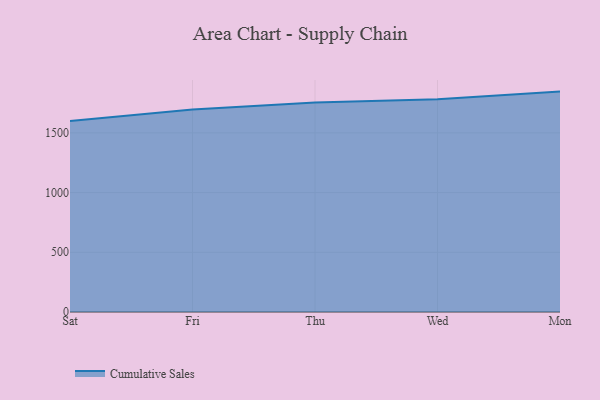
{"axis": {"x": "Day", "y": "Page Views"}, "legend": ["Cumulative Sales"], "data": [{"x": "Sat", "y": 1598.8, "type": "Cumulative Sales"}, {"x": "Fri", "y": 1694.9, "type": "Cumulative Sales"}, {"x": "Thu", "y": 1754.3, "type": "Cumulative Sales"}, {"x": "Wed", "y": 1781.3, "type": "Cumulative Sales"}, {"x": "Mon", "y": 1845.5, "type": "Cumulative Sales"}]}